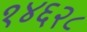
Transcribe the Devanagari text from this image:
१४६२८